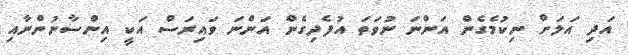
އަދި އަލަށް ނިކުމެގެން އަންނަ ނުވަތަ އުފެދިގެން އަންނަ ވައިރަސް އަކީ އިންސާނުންނާއި